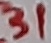
Text: 31